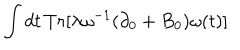
LaTeX: \int d t \, T r [ \lambda \omega ^ { - 1 } ( \partial _ { 0 } + B _ { 0 } ) \omega ( t ) ]